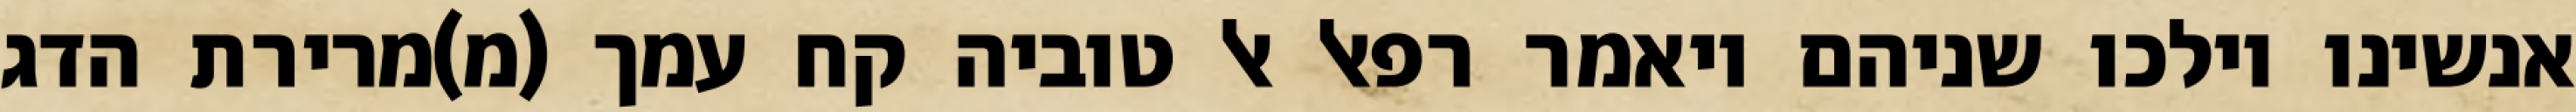
אנשינו וילכו שניהם ויאמר רפאל אל טוביה קח עמך (מ)מרירת הדג